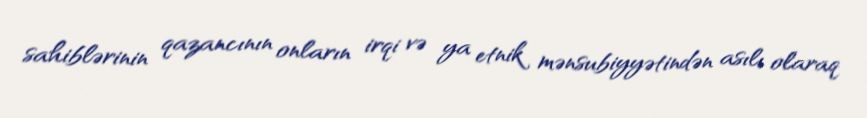
sahiblərinin qazancının onların irqi və ya etnik mənsubiyyətindən asılı olaraq